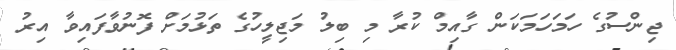
ޖިންސުގެ ހަމަހަމަކަން ގާއިމް ކުރާ މި ބިލު މަޖިލީހުގެ ތަޅުމަށް ފޮނުވާފައިވާ އިރު